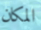
المكان